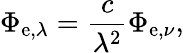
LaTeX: \Phi_{\mathrm{e},\lambda}={\frac{c}{\lambda^{2}}}\Phi_{\mathrm{e},\nu},